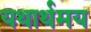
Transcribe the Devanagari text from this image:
यथार्थमय